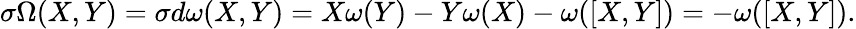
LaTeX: \sigma\Omega(X,Y)=\sigma d\omega(X,Y)=X\omega(Y)-Y\omega(X)-\omega([X,Y])=-\omega([X,Y]).